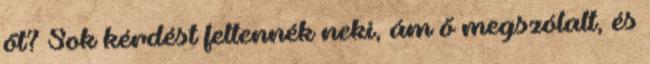
őt? Sok kérdést feltennék neki, ám ő megszólalt, és